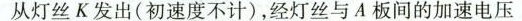
从灯丝K发出(初速度不计)，经灯丝与A板间的加速电压